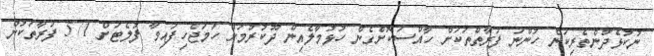
ނުކުޅެދުންތެރިކަން ހުންނަ ފަރާތްތަކަށް ހާއްސަކޮށްގެން ހުޅުމާލެއިން ދޫކުރުމަށް ހަމަޖެހިފައިވާ ފުލެޓަށް 571 ފަރާތަކުން